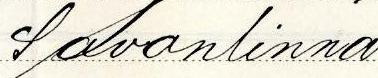
Savonlinna